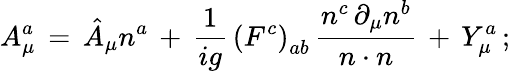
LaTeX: A_{\mu}^{a}\, =\, \hat{A}_{\mu}n^{a}\, +\, \frac{1}{ig}\, \left(F^{c}\right)_{ab}\, \frac{n^{c}\, \partial_{\mu}n^{b}}{n\cdot n}\, +\, Y_{\mu}^{a}\, ;